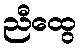
ညီထွေ